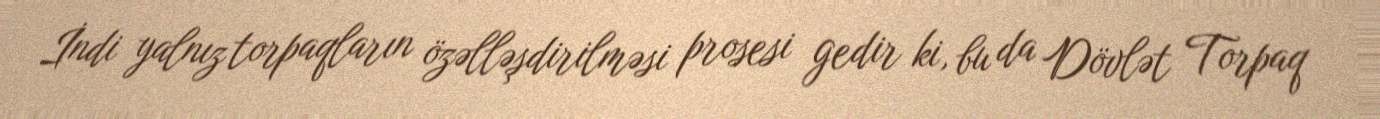
İndi yalnız torpaqların özəlləşdirilməsi prosesi gedir ki, bu da Dövlət Torpaq